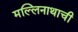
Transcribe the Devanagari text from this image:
मल्लिनाथाची